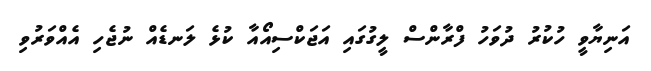
އަނިޔާވީ ހުކުރު ދުވަހު ފްރާންސް ލީގުގައި އަޖަކްސިއޯއާ ކުޅެ ލަނޑެއް ނުޖެހި އެއްވަރުވި